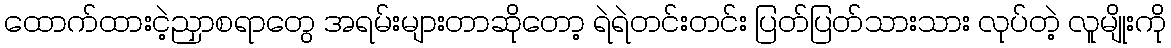
ထောက်ထားငဲ့ညှာစရာတွေ အရမ်းများတာဆိုတော့ ရဲရဲတင်းတင်း ပြတ်ပြတ်သားသား လုပ်တဲ့ လူမျိုးကို